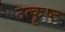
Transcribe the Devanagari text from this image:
उत्कॄष्ट